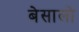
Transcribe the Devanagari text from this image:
बेसालो